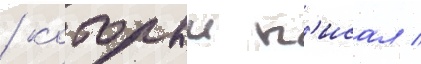
/ которыи п'исал /